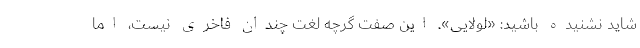
شاید نشنیده باشید: «لولایی». این صفت گرچه لغتِ چندان فاخری نیست، اما